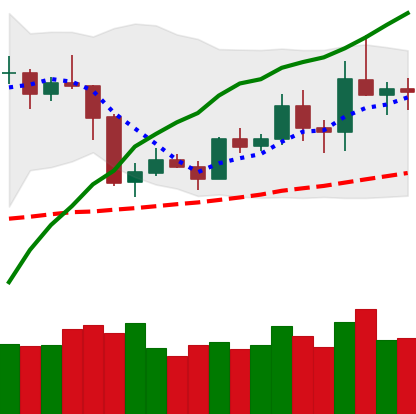
Ticker: ETH-USD
Chart end date: 2019-05-09
Forward return: 27.517%
Label: up_7plus